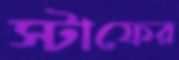
স্টাফের